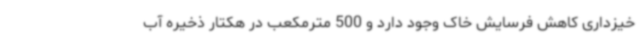
خیزداری کاهش فرسایش خاک وجود دارد و 500 مترمکعب در هکتار ذخیره آب